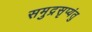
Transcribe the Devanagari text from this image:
समुद्रसृप्यंतु